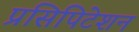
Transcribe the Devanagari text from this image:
प्रसिपिटेशन